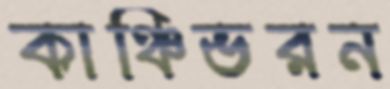
কাঞ্চিভরন